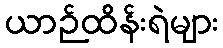
ယာဉ်ထိန်းရဲများ